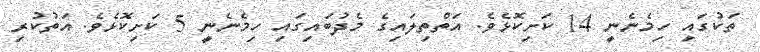
ތަކުގައި ހިމެނެނީ 14 ކަށިކޮޅެެވެ. އަތްތިލައިގެ މެދުބައިގައި ހިމެނެނީ 5 ކަށިކޮޅެވެ. އަތުކުރި